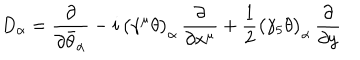
D _ { \alpha } = \frac { \partial } { \partial \bar { \theta } _ { \alpha } } - i \, \bigl ( \gamma ^ { \mu } \theta \bigr ) _ { \alpha } \, \frac { \partial } { \partial x ^ { \mu } } + \frac { 1 } { 2 } \bigl ( \gamma _ { 5 } \theta \bigr ) _ { \alpha } \, \frac { \partial } { \partial y }